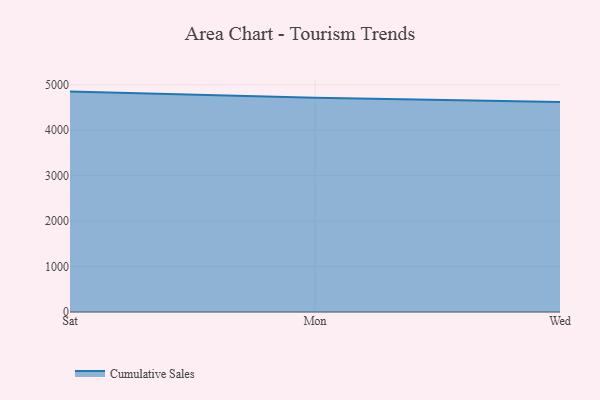
{"axis": {"x": "Day", "y": "Population (Million)"}, "legend": ["Cumulative Sales"], "data": [{"x": "Sat", "y": 4849.7, "type": "Cumulative Sales"}, {"x": "Mon", "y": 4715.1, "type": "Cumulative Sales"}, {"x": "Wed", "y": 4618.2, "type": "Cumulative Sales"}]}